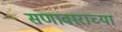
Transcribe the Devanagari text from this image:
सणावाराच्या